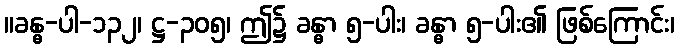
။ခန္ဓ-ပါ-၁၃၂၊ ဋ္ဌ-၃၀၅၊ ဤ၌ ခန္ဓာ ၅-ပါး၊ ခန္ဓာ ၅-ပါး၏ ဖြစ်ကြောင်း၊